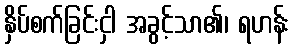
နှိပ်စက်ခြင်းငှါ အခွင့်သာ၏၊ ရဟန်း